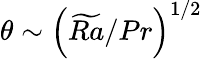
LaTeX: \theta\sim\left(\widetilde{Ra}/Pr\right)^{1/2}